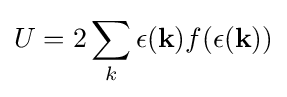
U=2\sum _{k}\epsilon (\mathbf {k} )f(\epsilon (\mathbf {k} ))